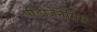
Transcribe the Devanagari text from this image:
पीडोजेनेसिस